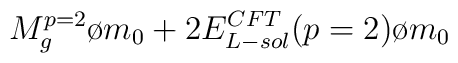
{{M_g^{p=2}}\o {m_0}} + 2 {{E_{L-sol}^{CFT}(p=2)}\o {m_0}}